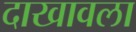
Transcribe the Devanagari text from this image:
दाखावला